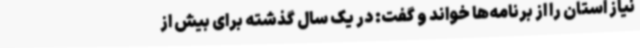
نیاز استان را از برنامه‌ها خواند و گفت: در یک سال گذشته برای بیش از